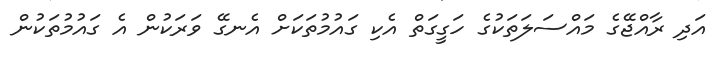
އަދި ރާއްޖޭގެ މައްސަލަތަކުގެ ހަގީގަތް އެކި ގައުމުތަކަށް އެނގޭ ވަރަކުން އެ ގައުމުތަކުން